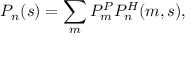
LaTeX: P _ { n } ( s ) = \sum _ { m } P _ { m } ^ { P } P _ { n } ^ { H } ( m , s ) ,